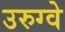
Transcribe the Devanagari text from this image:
उरुग्‍वे